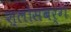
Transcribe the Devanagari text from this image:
श्लोसबर्ग